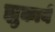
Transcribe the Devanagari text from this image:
झुकायें